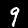
Digit: 9